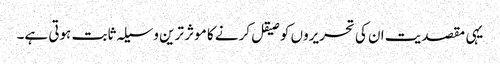
یہی مقصدیت ان کی تحریروں کو صیقل کرنے کا موثر ترین وسیلہ ثابت ہوتی ہے۔